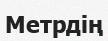
Метрдің